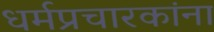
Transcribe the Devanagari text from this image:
धर्मप्रचारकांना